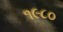
૧૯૮૦